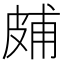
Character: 𤿭